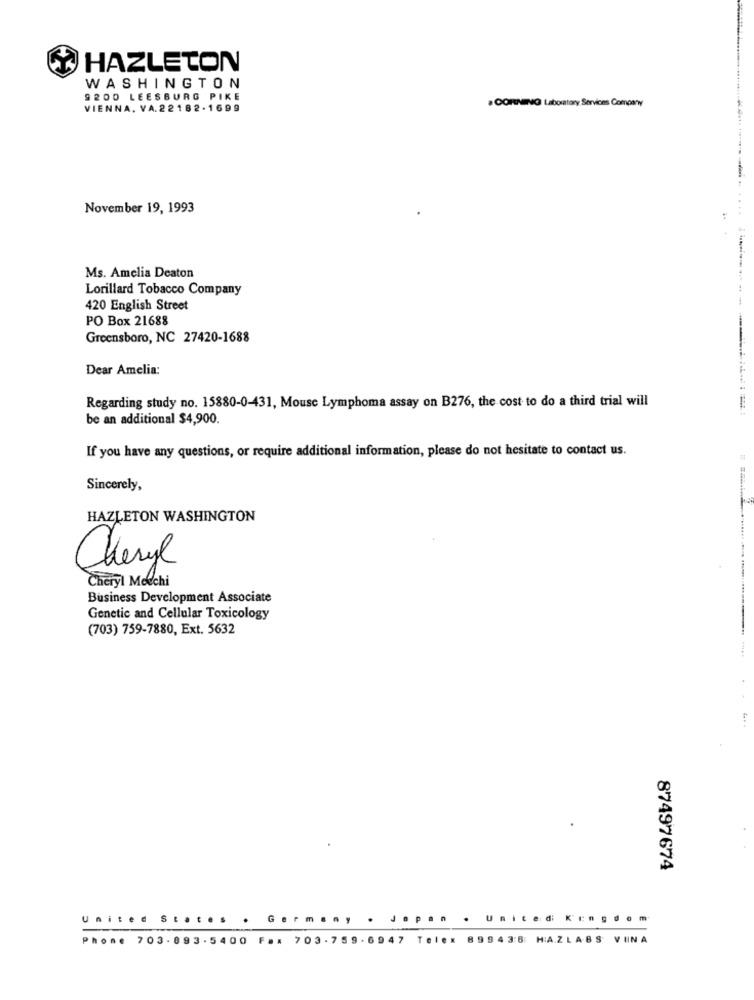
HAZLETON
WASHINGTON
9200 LEESBURG PIKE
VIENNA. VA.22182.1699
. CORNING Laboratory Services Company
November 19, 1993
Ms. Amelia Deaton
Lorillard Tobacco Company
......-------.... -------
420 English Street
PO Box 21688
Greensboro, NC 27420-1688
Dear Amelia:
Regarding study no. 15880-0-431, Mouse Lymphoma assay on B276, the cost to do a third trial will
be an additional $4,900.
If you have any questions, or require additional information, please do not hesitate to contact us.
Sincerely,
HAZLETON WASHINGTON
Cheryl
Cheryl Moechi
Business Development Associate
Genetic and Cellular Toxicology
(703) 759-7880, Ext. 5632
87497674
United
States.
Germany
Japon
. United Kingdom
Phone 703.893.5400 Fax 703-759-6947 Telex 89943:8 HAZLABS VINA